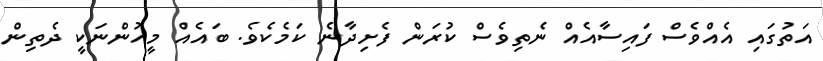
އަތުގައި އެއްވެސް ފައިސާއެއް ނެތިވެސް ކުރަން ފެށިދާނެ ކަމެކެވެ. ބައެއް މީހުންނަކީ ދެތިން